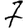
Digit: 7